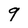
Character: 9